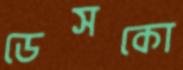
ডেসকো